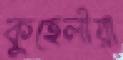
কুহেলীয়া